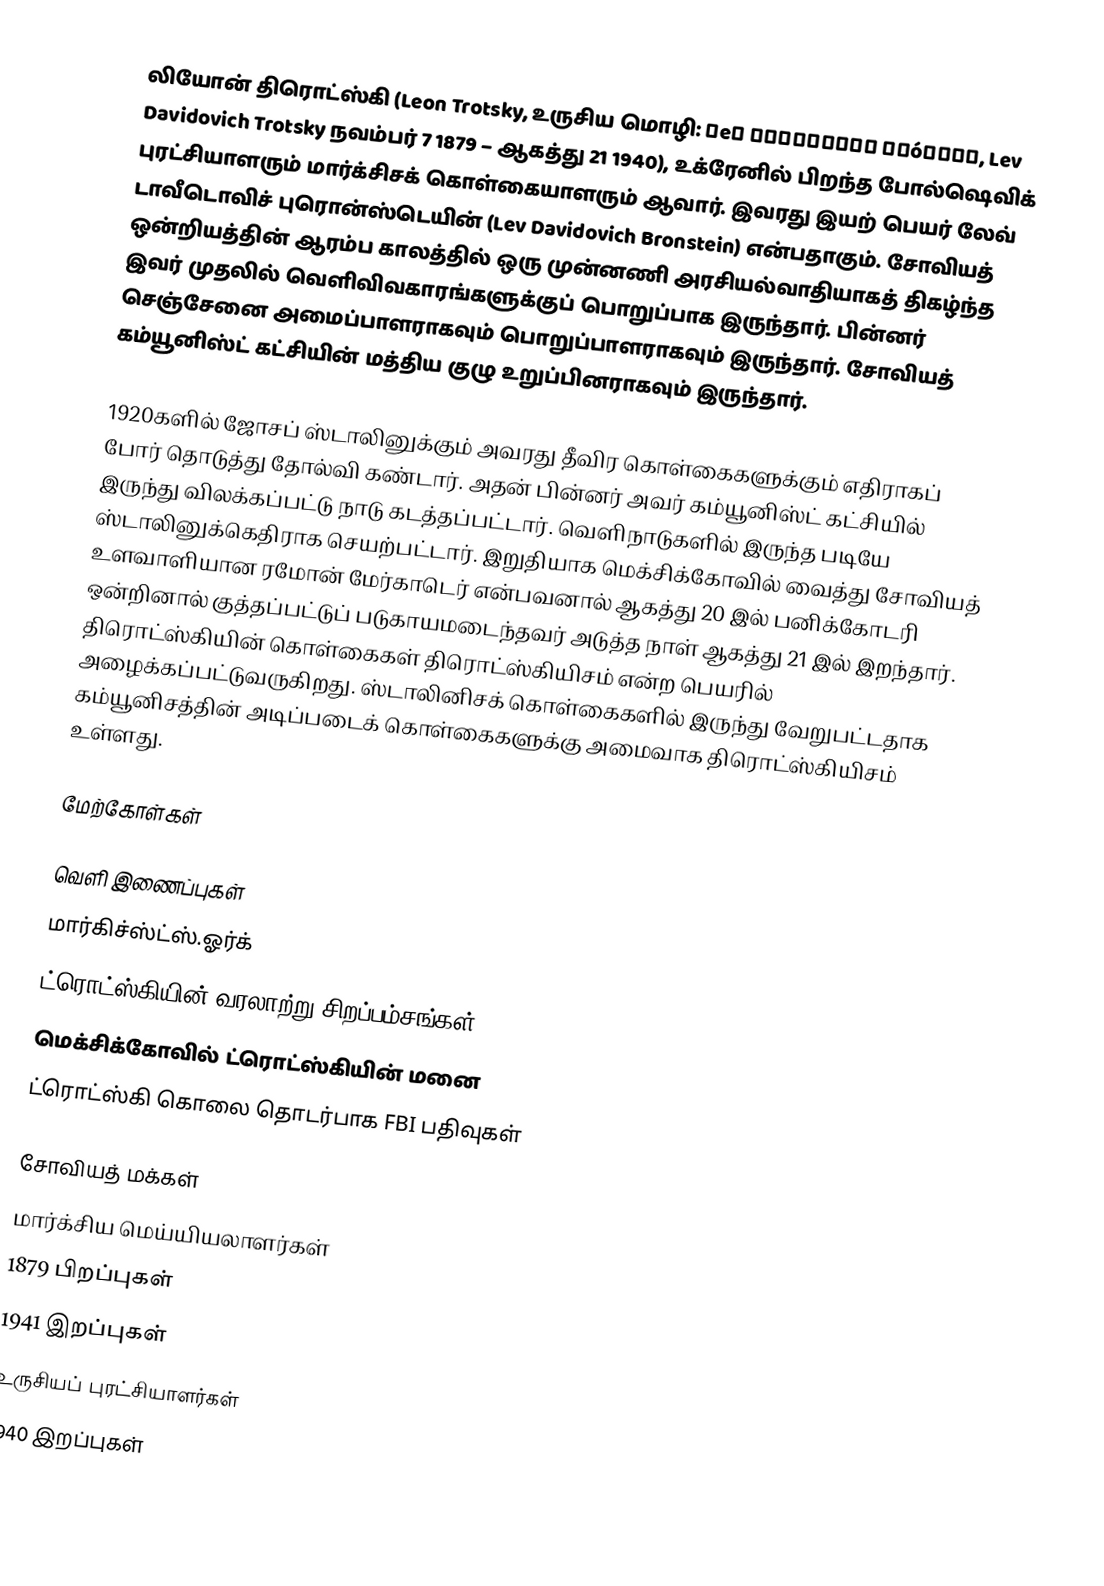
லியோன் திரொட்ஸ்கி (Leon Trotsky, உருசிய மொழி: Лeв Давидович Трóцкий, Lev Davidovich Trotsky நவம்பர் 7 1879 – ஆகத்து 21 1940), உக்ரேனில் பிறந்த போல்ஷெவிக் புரட்சியாளரும் மார்க்சிசக் கொள்கையாளரும் ஆவார். இவரது இயற் பெயர் லேவ் டாவீடொவிச் புரொன்ஸ்டெயின் (Lev Davidovich Bronstein) என்பதாகும். சோவியத் ஒன்றியத்தின் ஆரம்ப காலத்தில் ஒரு முன்னணி அரசியல்வாதியாகத் திகழ்ந்த இவர் முதலில் வெளிவிவகாரங்களுக்குப் பொறுப்பாக இருந்தார். பின்னர் செஞ்சேனை அமைப்பாளராகவும் பொறுப்பாளராகவும் இருந்தார். சோவியத் கம்யூனிஸ்ட் கட்சியின் மத்திய குழு உறுப்பினராகவும் இருந்தார்.

1920களில் ஜோசப் ஸ்டாலினுக்கும் அவரது தீவிர கொள்கைகளுக்கும் எதிராகப் போர் தொடுத்து தோல்வி கண்டார். அதன் பின்னர் அவர் கம்யூனிஸ்ட் கட்சியில் இருந்து விலக்கப்பட்டு நாடு கடத்தப்பட்டார். வெளிநாடுகளில் இருந்த படியே ஸ்டாலினுக்கெதிராக செயற்பட்டார். இறுதியாக மெக்சிக்கோவில் வைத்து சோவியத் உளவாளியான ரமோன் மேர்காடெர் என்பவனால் ஆகத்து 20 இல் பனிக்கோடரி ஒன்றினால் குத்தப்பட்டுப் படுகாயமடைந்தவர் அடுத்த நாள் ஆகத்து 21 இல் இறந்தார். திரொட்ஸ்கியின் கொள்கைகள் திரொட்ஸ்கியிசம் என்ற பெயரில் அழைக்கப்பட்டுவருகிறது. ஸ்டாலினிசக் கொள்கைகளில் இருந்து வேறுபட்டதாக கம்யூனிசத்தின் அடிப்படைக் கொள்கைகளுக்கு அமைவாக திரொட்ஸ்கியிசம் உள்ளது.

மேற்கோள்கள்

வெளி இணைப்புகள்
  மார்கிச்ஸ்ட்ஸ்.ஓர்க்
 ட்ரொட்ஸ்கியின் வரலாற்று சிறப்பம்சங்கள்
 மெக்சிக்கோவில் ட்ரொட்ஸ்கியின் மனை
 ட்ரொட்ஸ்கி கொலை தொடர்பாக FBI பதிவுகள்

சோவியத் மக்கள்
மார்க்சிய மெய்யியலாளர்கள்
1879 பிறப்புகள்
1941 இறப்புகள்
உருசியப் புரட்சியாளர்கள்
1940 இறப்புகள்